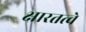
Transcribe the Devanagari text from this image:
क्षारतत्वे